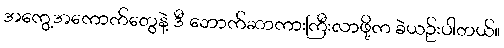
အကွေ့အကောက်တွေနဲ့ ဒီ ဘောက်ဆာကားကြီးလာဖို့က ခဲယဉ်းပါတယ်။